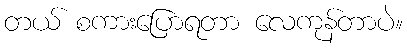
တယ် စကားပြောရတာ လေကုန်တာပဲ။